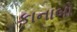
કાનાબો